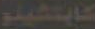
كابتشينو